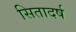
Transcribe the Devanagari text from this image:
सितादर्ष